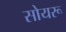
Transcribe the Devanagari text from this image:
सोयरू